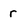
Character: r